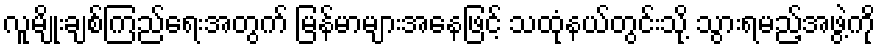
လူမျိုးချစ်ကြည်ရေးအတွက် မြန်မာများအနေဖြင့် သထုံနယ်တွင်းသို့ သွားရမည့်အဖွဲ့ကို